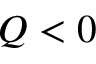
Q < 0